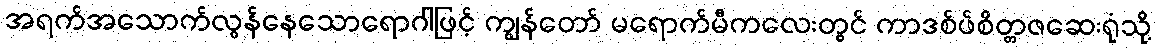
အရက်အသောက်လွန်နေသောရောဂါဖြင့် ကျွန်တော် မရောက်မီကလေးတွင် ကာဒစ်ဖ်စိတ္တဇဆေးရုံသို့